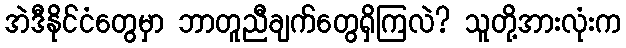
အဲဒီနိုင်ငံတွေမှာ ဘာတူညီချက်တွေရှိကြလဲ? သူတို့အားလုံးက